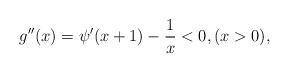
\begin{align*}g''(x) = \psi'(x+1) - \frac{1}{x} < 0, (x > 0),\end{align*}